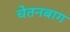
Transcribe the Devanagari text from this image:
चेतनबाग